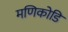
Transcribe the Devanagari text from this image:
मणिकोडि